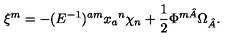
\xi ^ { m } = - ( E ^ { - 1 } ) ^ { a m } x _ { a } { } ^ { n } \chi _ { n } + \frac { 1 } { 2 } \Phi ^ { m \hat { A } } \Omega _ { \hat { A } } .